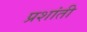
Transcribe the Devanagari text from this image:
प्रशांती